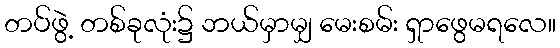
တပ်ဖွဲ့ တစ်ခုလုံး၌ ဘယ်မှာမျှ မေးစမ်း ရှာဖွေမရလေ။